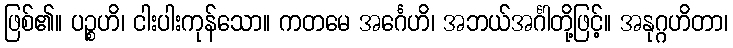
ဖြစ်၏။ ပဉ္စဟိ၊ ငါးပါးကုန်သော။ ကတမေ အင်္ဂေဟိ၊ အဘယ်အင်္ဂါတို့ဖြင့်။ အနုဂ္ဂဟိတာ၊